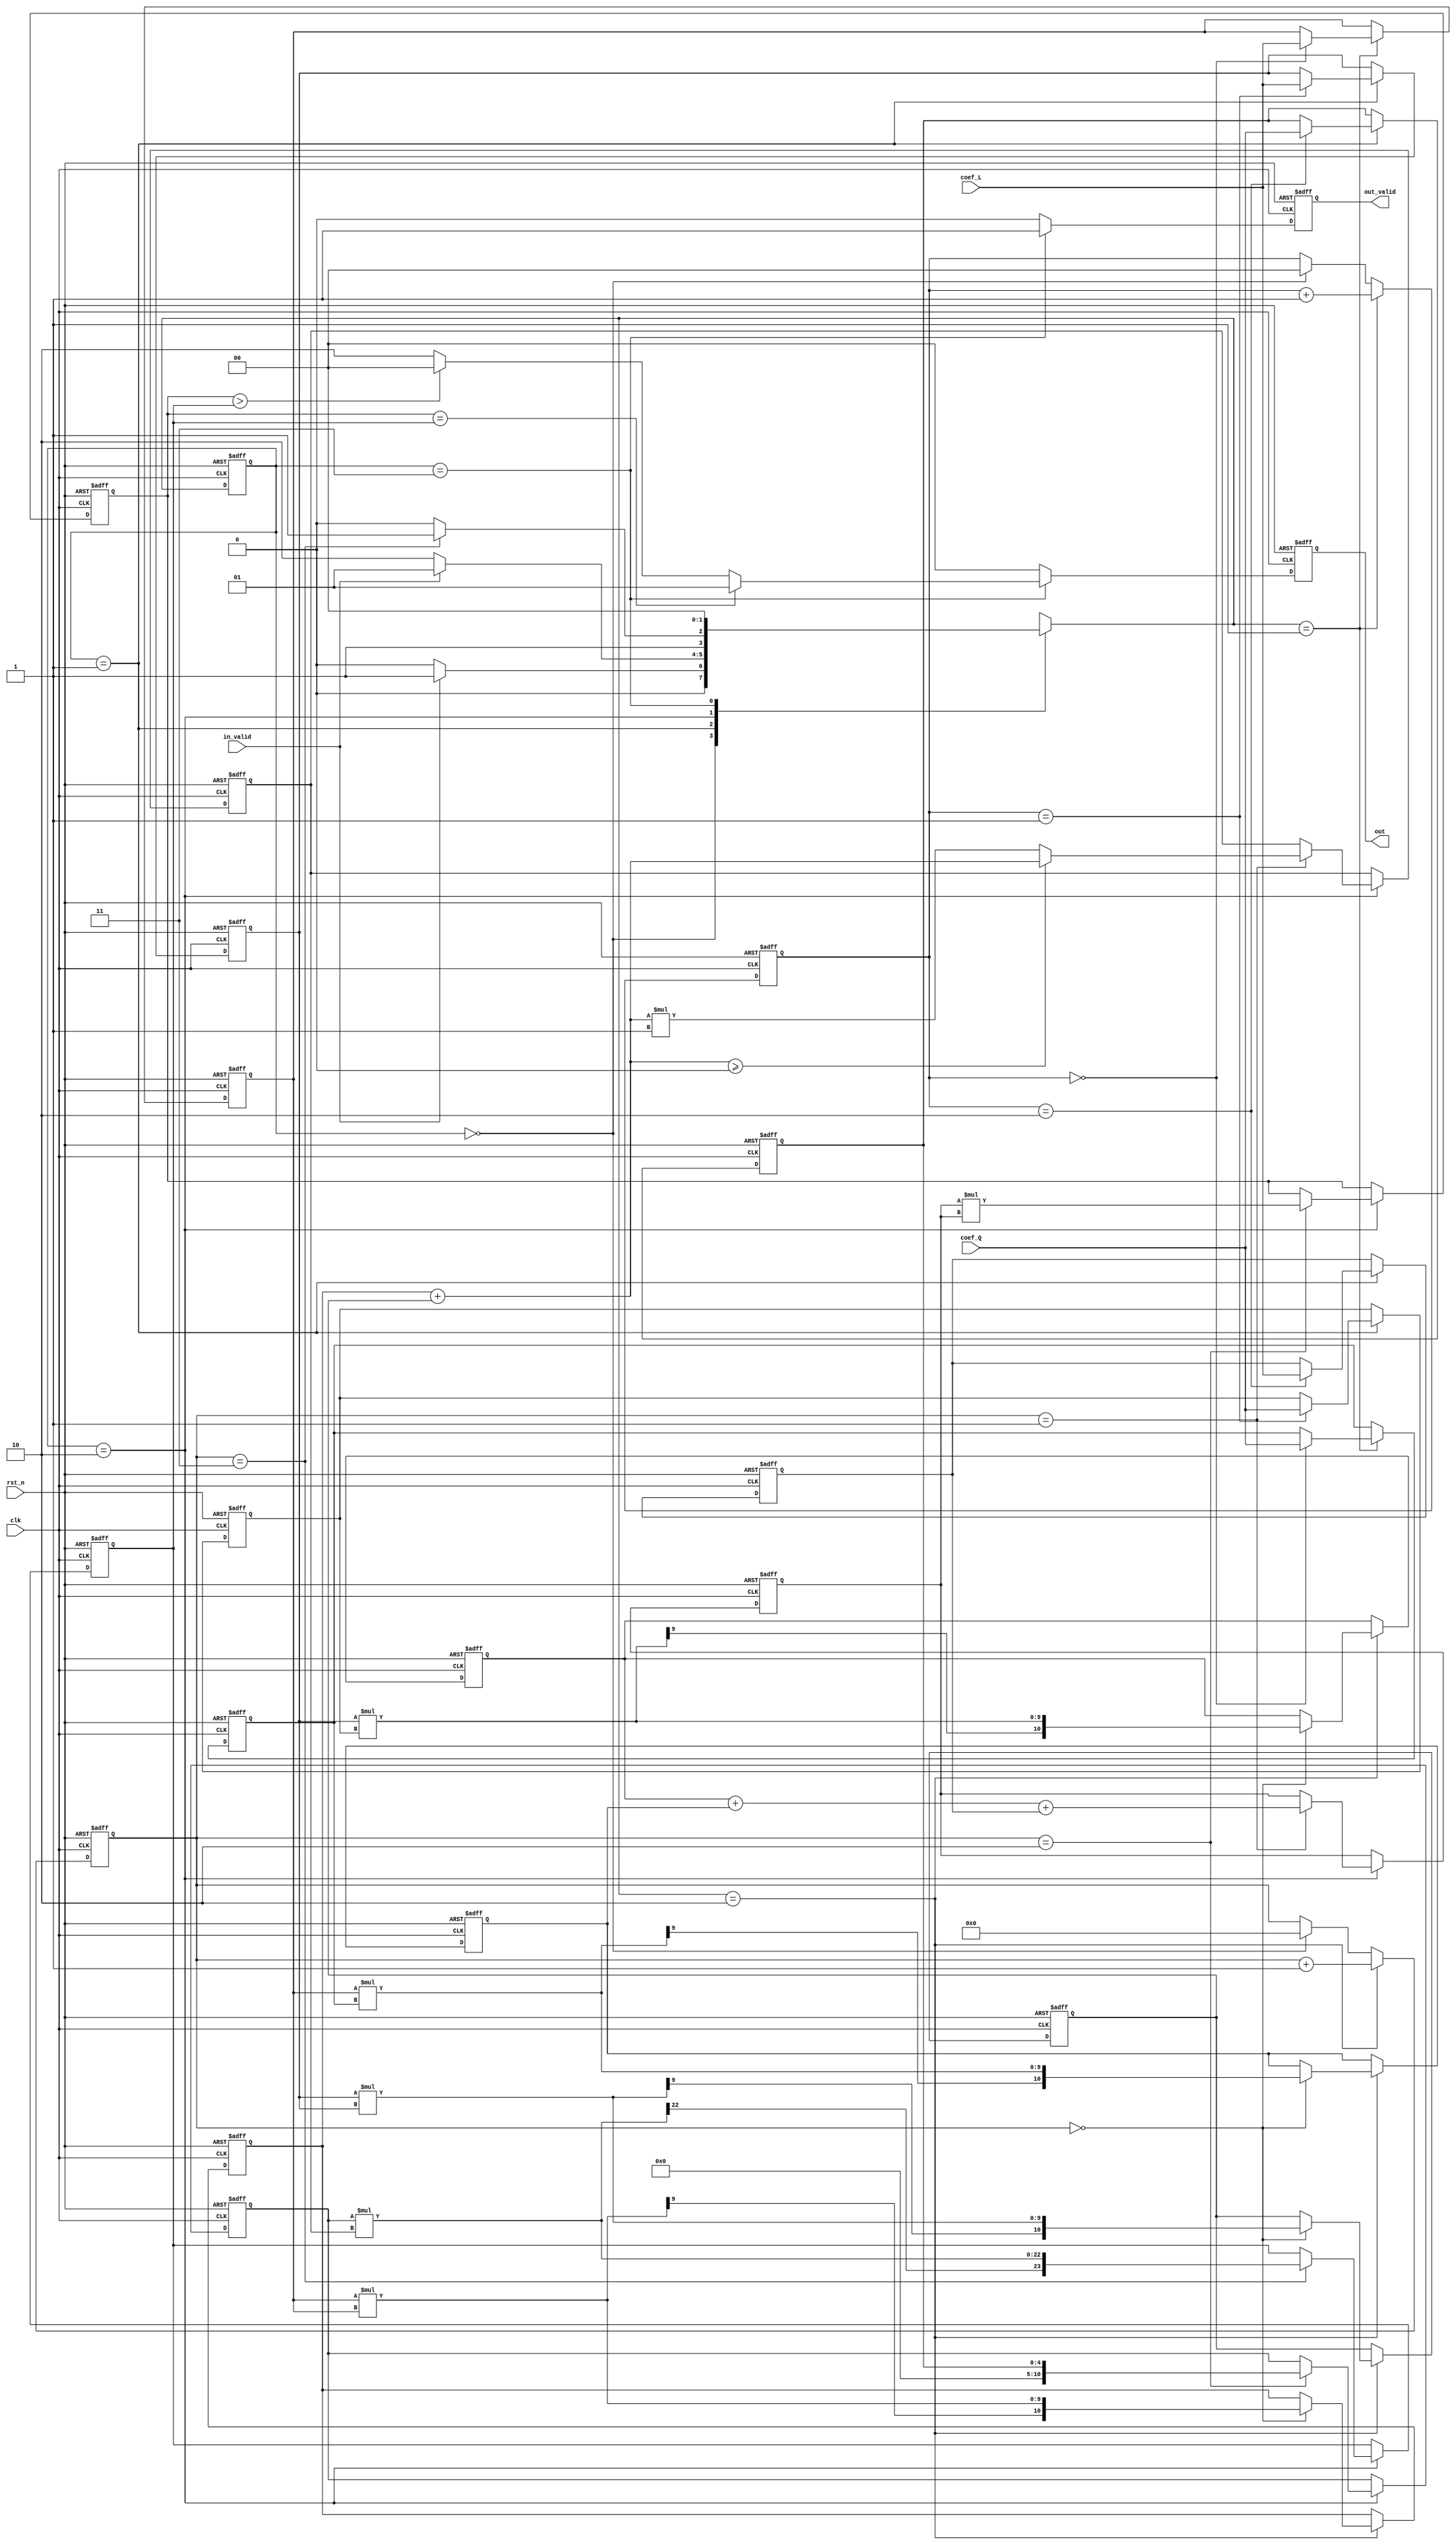
module RCL(
    clk,
    rst_n,
    in_valid,
    coef_Q,
    coef_L,
    out_valid,
    out
);
input clk , rst_n, in_valid;
input [4:0] coef_Q, coef_L;
output  reg out_valid;
output reg [1:0] out;
//`include 
reg signed [4:0] a, b, c, m, n;
reg [4:0] k;
parameter IDLE=2'd0;
parameter INPUT=2'd1;
parameter CALCU=2'd2;
parameter OUT=2'd3;

reg [1:0] c_state;
reg [1:0] n_state;
reg [1:0] input_counter;
reg [3:0] calcu_counter;

reg signed [10:0] x1, x2, x3, x4;
reg signed [12:0] k1;
reg signed [11:0] k2;
wire [11:0] root;

reg signed [23:0] i1;
reg signed [10:0] i2;
reg signed [23:0] i3;
always@(posedge clk or negedge rst_n) begin
	if(!rst_n) c_state <= IDLE;
	else c_state <= n_state;
end
always@(*) begin
	case(c_state) 
		IDLE: begin
			if(in_valid) n_state = INPUT;
			else n_state = IDLE;
		end
		INPUT: begin
			if(!in_valid) n_state = CALCU;
			else n_state = INPUT;
		end
		CALCU: begin
			if(calcu_counter ==3) n_state=OUT;
			else n_state = CALCU;
		end
		OUT: n_state = IDLE;
	endcase
end
always@(posedge clk or negedge rst_n) begin
	if(!rst_n) input_counter <= 0;
	else begin
		if(n_state == INPUT) input_counter <= input_counter+1;
		else if(c_state == IDLE) input_counter <= 0;
		else input_counter <= input_counter;
	end
end
always@(posedge clk or negedge rst_n) begin
	if(!rst_n) calcu_counter <= 0;
	else begin
		if(n_state == CALCU) calcu_counter <= calcu_counter+1;
		else if(c_state == IDLE) calcu_counter <= 0;
		else calcu_counter <= calcu_counter;
	end
end
always@(posedge clk or negedge rst_n) begin
	if(!rst_n) a<=0;
	else begin
		if(n_state == INPUT) begin
			a <= (input_counter == 0)? $signed(coef_L):$signed(a);
		end
		else a<=a;
	end
end
always@(posedge clk or negedge rst_n) begin
	if(!rst_n) b<=0;
	else begin
		if(c_state == INPUT) begin
			b <= (input_counter == 1)? $signed(coef_L):$signed(b);
		end
		else b<=b;
	end
end
always@(posedge clk or negedge rst_n) begin
	if(!rst_n) c<=0;
	else begin
		if(c_state == INPUT) begin
			c <= (input_counter == 2)? $signed(coef_L):$signed(c);
		end
		else c<=c;
	end
end
always@(posedge clk or negedge rst_n) begin
	if(!rst_n) m<=0;
	else begin
		if(n_state == INPUT) begin
			m <= (input_counter == 0)? $signed(coef_Q):$signed(m);
		end
		else m<=m;
	end
end
always@(posedge clk or negedge rst_n) begin
	if(!rst_n) n<=0;
	else begin
		if(c_state == INPUT) begin
			n <= (input_counter == 1)? $signed(coef_Q):$signed(n);
		end
		else n<=n;
	end
end
always@(posedge clk or negedge rst_n) begin
	if(!rst_n) k<=0;
	else begin
		if(c_state == INPUT) begin
			k <= (input_counter == 2)? coef_Q:k;
		end
		else k<=k;
	end
end

always@(posedge clk or negedge rst_n) begin
	if(!rst_n) x1<=0;
	else begin
		if(n_state == CALCU) begin
			x1 <= (calcu_counter == 0)?a*m:x1;
		end
		else x1<=x1;
	end
end
always@(posedge clk or negedge rst_n) begin
	if(!rst_n) x2<=0;
	else begin
		if(n_state == CALCU) begin
			x2 <= (calcu_counter == 0)?b*n:x2;
		end
		else x2<=x2;
	end
end
always@(posedge clk or negedge rst_n) begin
	if(!rst_n) x3<=0;
	else begin
		if(n_state == CALCU) begin
			x3 <= (calcu_counter == 0)?a*a:x3;
		end
		else x3<=x3;
	end
end
always@(posedge clk or negedge rst_n) begin
	if(!rst_n) x4<=0;
	else begin
		if(n_state == CALCU) begin
			x4 <= (calcu_counter == 0)?b*b:x4;
		end
		else x4<=x4;
	end
end
always@(posedge clk or negedge rst_n) begin
	if(!rst_n) k1<=0;
	else begin
		if(c_state == CALCU) begin
			k1 <= (calcu_counter == 1)?x2+x1+c:k1;
		end
		else k1<=k1;
	end
end
always@(posedge clk or negedge rst_n) begin
	if(!rst_n) k2<=0;
	else begin
		if(c_state == CALCU) begin
			k2 <= (calcu_counter == 1)?(((x3+x4)>=0)?x3+x4:(x3+x4)*(-1)):k2;
		end
		else k2<=k2;
	end
end

//DW_sqrt #(12, 0) U1 (.a(k2), .root(root));
always@(posedge clk or negedge rst_n) begin
	if(!rst_n) i1<=0;
	else begin
		if(c_state == CALCU) begin
			i1 <= (calcu_counter == 2)?k1*k1:i1;
		end
		else i1<=i1;
	end
end
always@(posedge clk or negedge rst_n) begin
	if(!rst_n) i2<=0;
	else begin
		if(c_state == CALCU) begin
			i2 <= (calcu_counter == 2)?k:i2;
		end
		else i2<=i2;
	end
end

always@(posedge clk or negedge rst_n) begin
	if(!rst_n) i3<=0;
	else begin
		if(c_state == CALCU) begin
			i3 <= (calcu_counter == 3)?i2*k2:i3;
		end
		else i3<=i3;
	end
end
always@(posedge clk or negedge rst_n) begin
	if(!rst_n) out_valid <= 0;
	else begin
		if(c_state == OUT) begin
			out_valid <= 1;
		end
		else out_valid <= 0;
	end
end
always@(posedge clk or negedge rst_n) begin
	if(!rst_n) out <= 0;
	else begin
		if(c_state == OUT) begin
			if(i1==i3) out <= 2'd1;
			else if(i1>i3)out <= 2'd0;
			else out<= 2'd2;
		end
		else out<=0;
	end
end













endmodule